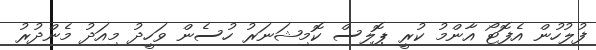
ފުލުހުން އެފޮޓޯ އާންމު ކުރީ ޕޮލިސް ކޮމިޝަނަރު ހުސެން ވަހީދު މިއަދު މެންދުރު